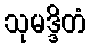
သုမဒ္ဒိတံ